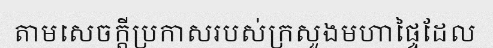
តាមសេចក្តីប្រកាសរបស់ក្រសួងមហាផ្ទៃដែល